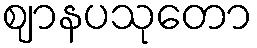
ဈာနပသုတော